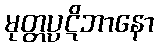
မုတ္တပ္ပဋိဘာနော